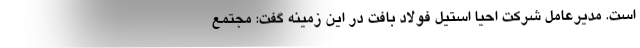
است. مدیرعامل شرکت احیا استیل فولاد بافت در این زمینه گفت: مجتمع